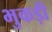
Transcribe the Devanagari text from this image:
भुकड़ी